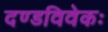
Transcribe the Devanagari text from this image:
दण्डविवेकः